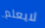
لايعلم